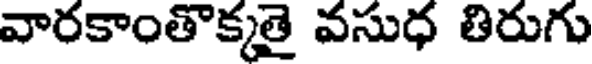
వారకాంతొక్కతై వసుధ తిరుగు